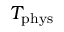
T _ { \mathrm { p h y s } }